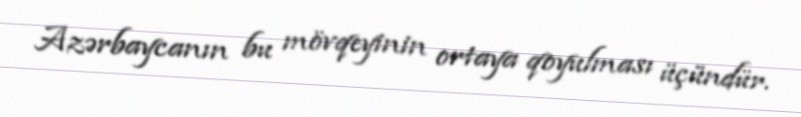
Azərbaycanın bu mövqeyinin ortaya qoyulması üçündür.